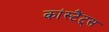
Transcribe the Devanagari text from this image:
कांस्टैंट्स